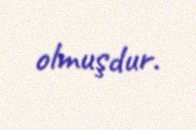
olmuşdur.